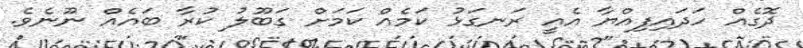
ދޮގެއް ހަދައިފިއްޔާ އެއީ ރަނގަޅު ކަމެއް ކަމަށް ގަބޫލު ކުރާ ބައެއް ނޫނެވެ.